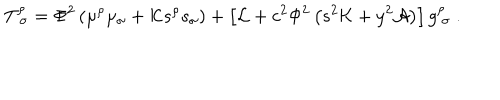
T _ { \ \sigma } ^ { \rho } = \Phi ^ { 2 } \left( \mu ^ { \rho } \mu _ { \sigma } + { \cal K } s ^ { \rho } s _ { \sigma } \right) + \left[ { \cal L } + c ^ { 2 } \Phi ^ { 2 } \left( s ^ { 2 } { \cal K } + y ^ { 2 } { \cal A } \right) \right] g _ { \ \sigma } ^ { \rho } \ .